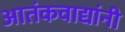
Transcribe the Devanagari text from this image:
आतंकवाद्यांनी